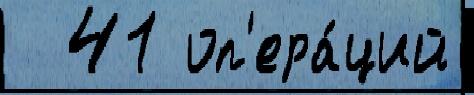
  41 оп'ера́ций